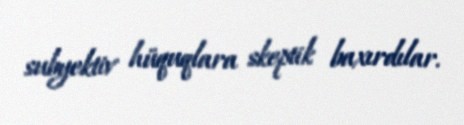
subyektiv hüquqlara skeptik baxırdılar.